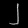
Digit: ၂